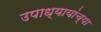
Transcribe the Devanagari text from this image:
उपाध्यायांच्या